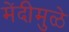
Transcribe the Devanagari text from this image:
मेंदीमुळे